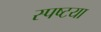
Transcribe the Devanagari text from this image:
स्पष्टया